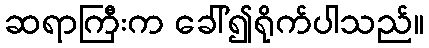
ဆရာကြီးက ခေါ်၍ရိုက်ပါသည်။